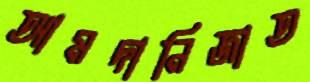
আমদানিজাত